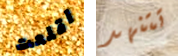
اقلعت تتنهد